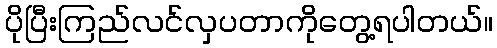
ပိုပြီးကြည်လင်လှပတာကိုတွေ့ရပါတယ်။